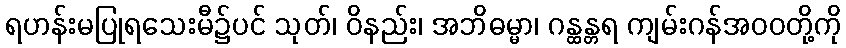
ရဟန်းမပြုရသေးမီ၌ပင် သုတ်၊ ဝိနည်း၊ အဘိဓမ္မာ၊ ဂန္ထန္တရ ကျမ်းဂန်အဝဝတို့ကို